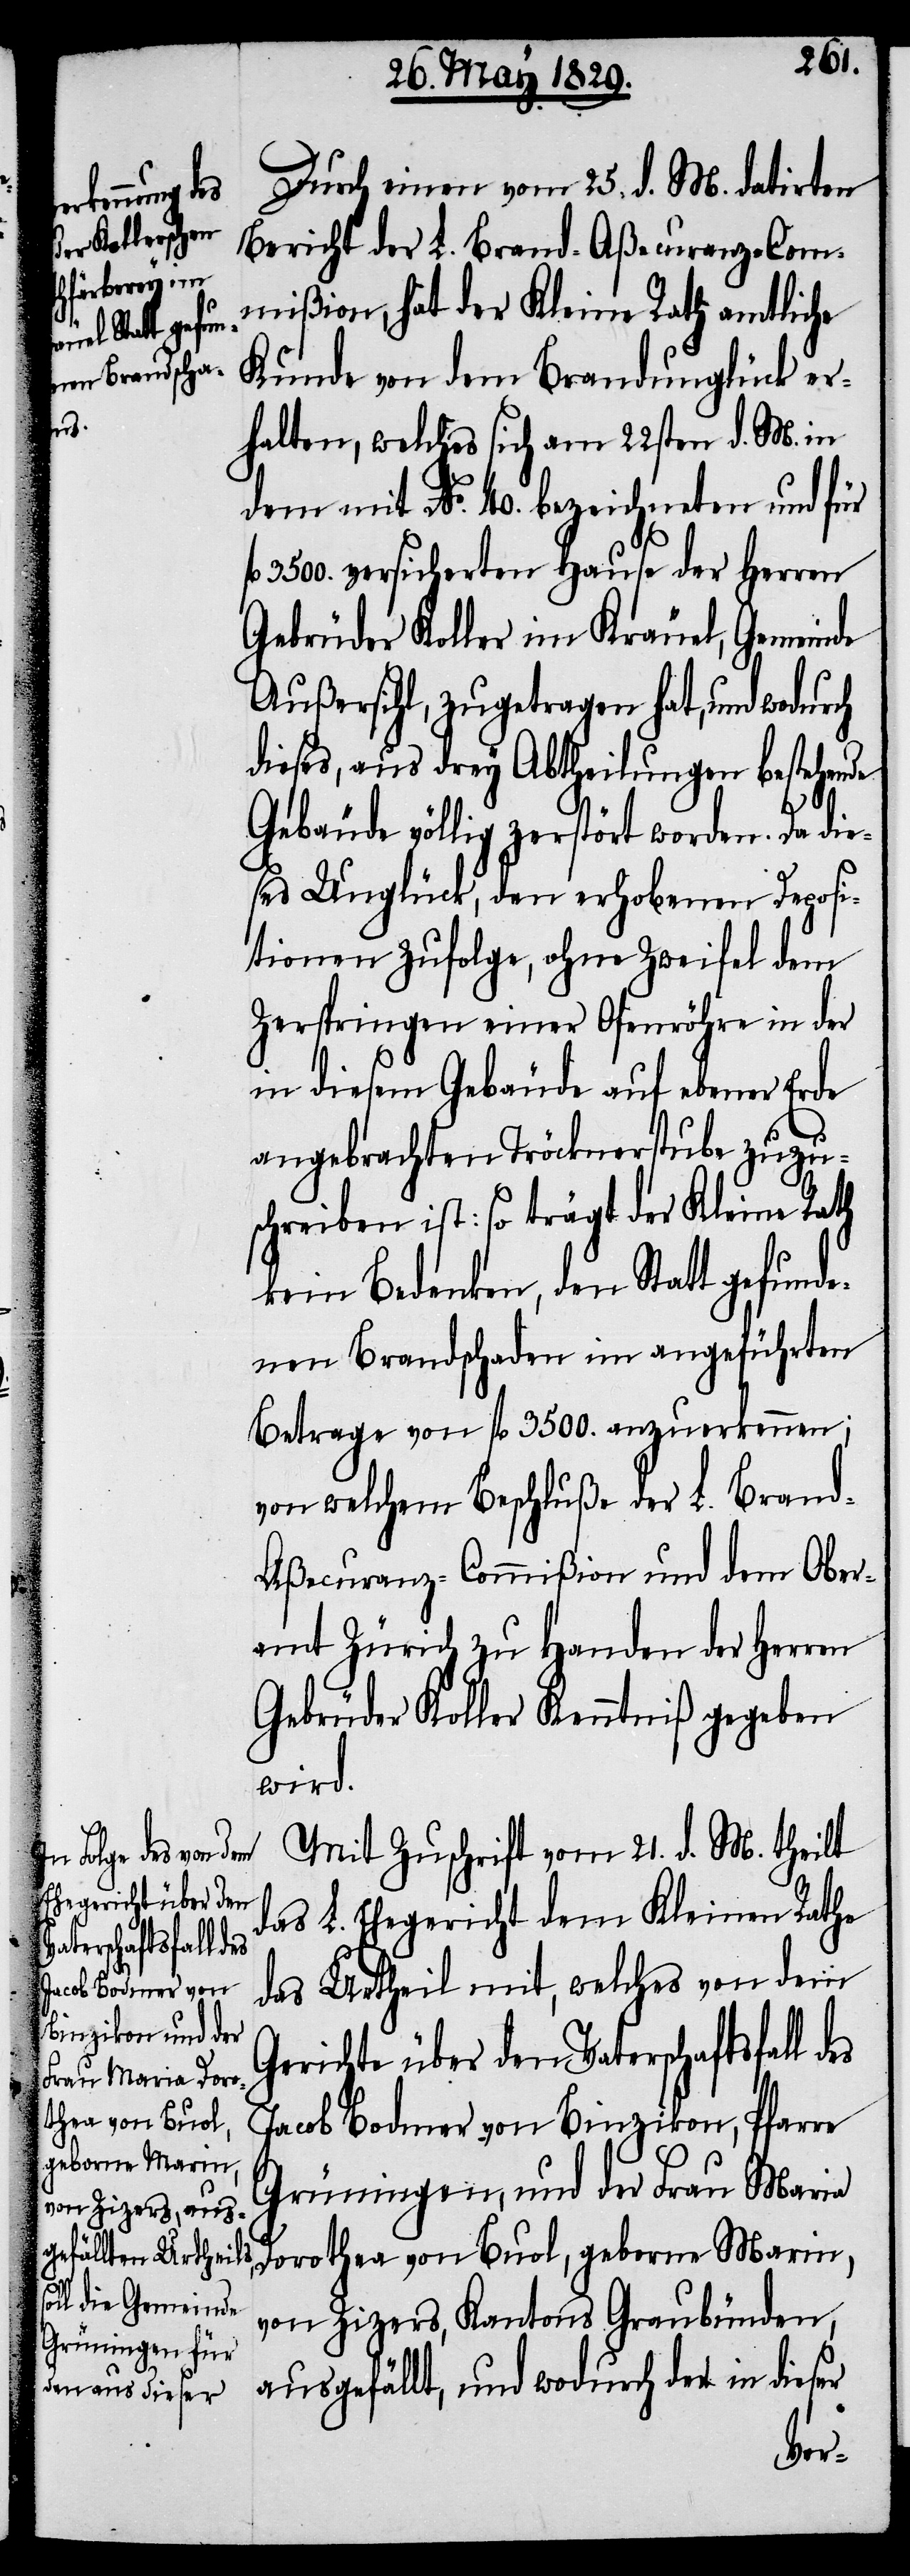
Durch einen vom 25. d. M. datirten
Bericht der L. Brand-Aßecuranz-Com¬
mißion, hat der Kleine Rath amtliche
Kunde von dem Brandunglück er¬
halten, welches sich am 22sten d. M. in
dem mit No. 40. bezeichneten und für
fl. 3500. versicherten Hause der Herren
Gebrüder Koller im Kräuel, Gemeinde
Außersihl, zugetragen hat, und wodurch
dieses, aus drey Abtheilungen bestehende
es
Gebäude völlig zerstört worden. Da die¬
ses Unglück, den erhobenen Deposi¬
tionen Zufolge, ohne Zweifel dem
Zerspringen einer Ofenröhre in der
in diesem Gebäude auf ebener Erde
angebrachten Tröcknerstube zuzu¬
schreiben ist: so trägt der Kleine Rath
kein Bedenken, den Statt gefunde¬
nen Brandschaden im angeführten
Betrage von fl. 3500. anzuerkennen;
von welchem Beschluße der L. Brand-A¬
ßecuranz-Commißion und dem Ober¬
amt Zürich zu Handen der Herren
Gebrüder Koller Kenntniß gegeben
wird.
Mit Zuschrift vom 21. d. M. theilt
das L. Ehegericht dem Kleinen Rathe
das Urtheil mit, welches von dem
Gerichte über den Vaterschaftsfall d¬
Jacob Bodmer von Binzikon, Pfarre
Grüningen, und der Frau Maria
Dorothea von Buol, geborne Marin,
von Zizers, Kantons Graubünden,
ausgefällt, und wodurch der in dieser